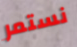
نستمر